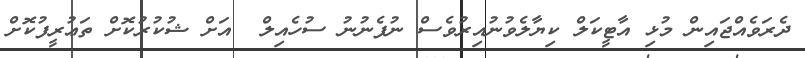
ދެރަވެއްޖައިން މުޅި އާޓީކަލް ކިޔާލެވުނުއިރުވެސް ނުފެނުނު ސުހެއިލް  އަށް ޝުކުރުކޮށް ތަޢުރީފުކޮށް